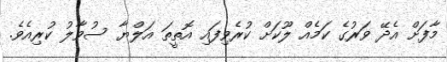
މާފަށް އެދޭ ވަރުގެ ކަމެއް ލޫކަށް ކުރެވިފައި އޮތީތަ އަލްޔާ ސުވާލު ކުރިއެވެ.